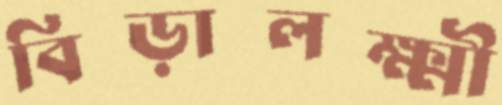
বিড়ালক্ষ্মী